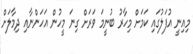
މިއިނީ އުފަލުގައި ކަމަށް މިހާރު ބުނީމަ ވަރަށް ގިނަ މީހުން އަހަންނާއި ދިމާލަށް